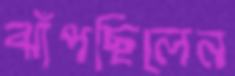
ঝাঁপছিলেন